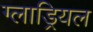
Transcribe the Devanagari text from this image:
ग्लाड्रियल